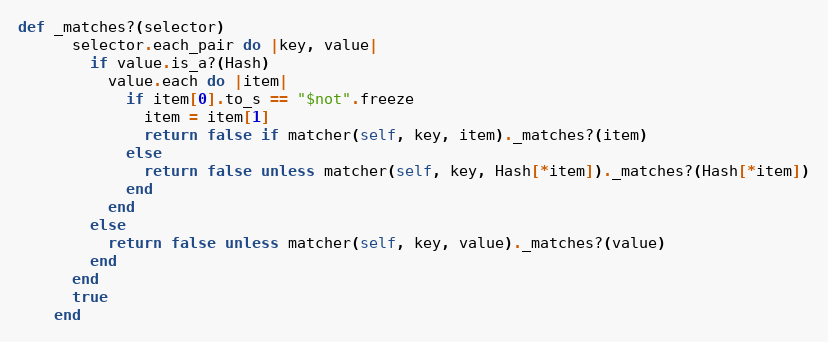
Language: Ruby
def _matches?(selector)
      selector.each_pair do |key, value|
        if value.is_a?(Hash)
          value.each do |item|
            if item[0].to_s == "$not".freeze
              item = item[1]
              return false if matcher(self, key, item)._matches?(item)
            else
              return false unless matcher(self, key, Hash[*item])._matches?(Hash[*item])
            end
          end
        else
          return false unless matcher(self, key, value)._matches?(value)
        end
      end
      true
    end